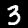
Label: 3